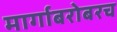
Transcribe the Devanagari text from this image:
मार्गाबरोबरच